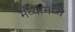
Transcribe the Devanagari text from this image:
मध्यामध्ये